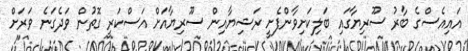
އައިއެސްގެ ބާރު ސޫރިޔާގައި ބަލިކަށިވާންފެށީ ރަޝިޔާއިން ސޫރިޔާއަށް އަސްކަރީ ގޮތުން ވަދެގަނެ ވަރަށް